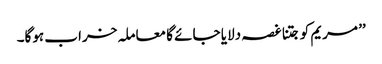
’’ مریم کو جتنا غصہ دلایا جائے گا معاملہ خراب ہوگا۔